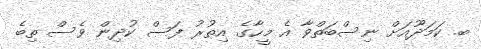
ބ. ކަމަދޫއަށް ނިސްބަތްވާ އެ މީހާގެ އިތުރު ފަސް ކުދިން ވެސް ތިބެ